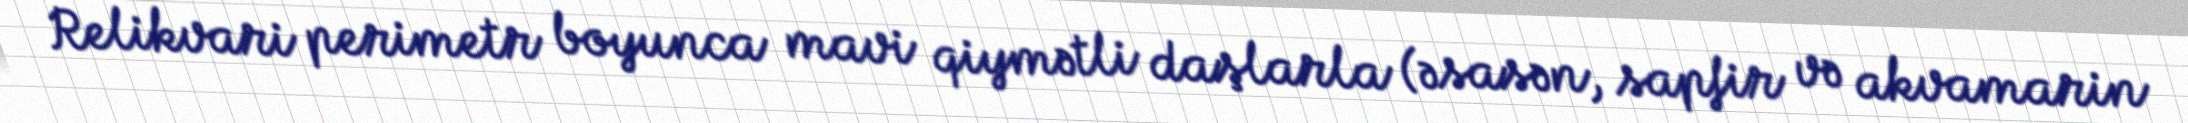
Relikvari perimetr boyunca mavi qiymətli daşlarla (əsasən, sapfir və akvamarin